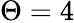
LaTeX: \Theta=4